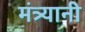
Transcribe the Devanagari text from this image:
मंत्र्यानी